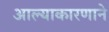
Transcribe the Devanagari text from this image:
आल्याकारणाने